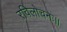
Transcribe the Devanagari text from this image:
रविलोचनः।।